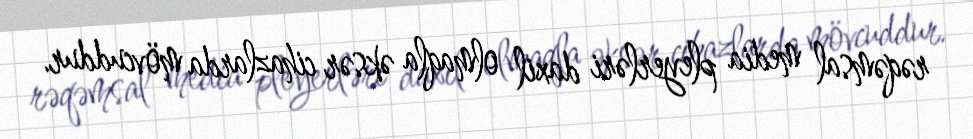
rəqəmsal media pleyerləri daxil olmaqla əksər cihazlarda mövcuddur.